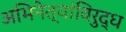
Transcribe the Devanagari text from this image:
अभिनेत्यांविरुद्ध